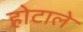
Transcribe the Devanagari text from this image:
होटाले